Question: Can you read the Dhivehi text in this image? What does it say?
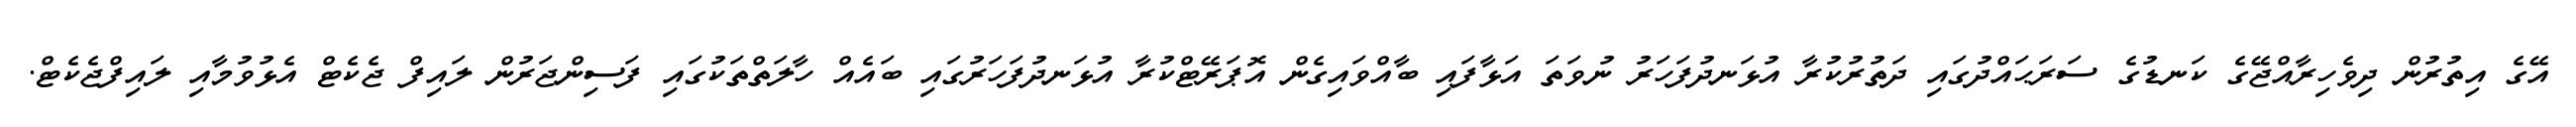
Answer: އޭގެ އިތުރުން ދިވެހިރާއްޖޭގެ ކަނޑުގެ ސަރަޙައްދުގައި ދަތުރުކުރާ އުޅަނދުފަހަރު ނުވަތަ އަޅާފައި ބާއްވައިގެން އޮޕަރޭޓްކުރާ އުޅަނދުފަހަރުގައި ބައެއް ހާލަތްތަކުގައި ފަސިންޖަރުން ލައިފް ޖެކެޓް އެޅުވުމާއި ލައިފްޖެކެޓް.